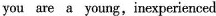
you are a young,inexperienced